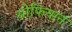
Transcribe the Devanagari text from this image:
सोफियान